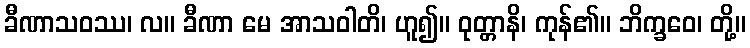
ခီဏာသဝဿ၊ လ။ ခီဏာ မေ အာသဝါတိ၊ ဟူ၍။ ဝုတ္တာနိ၊ ကုန်၏။ ဘိက္ခဝေ၊ တို့။